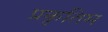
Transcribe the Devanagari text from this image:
प्रकृतिम